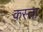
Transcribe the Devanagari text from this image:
कस्‍ता